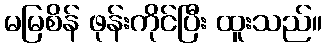
မမြစိန် ဖုန်းကိုင်ပြီး ထူးသည်။